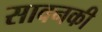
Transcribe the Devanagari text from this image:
सावनकी